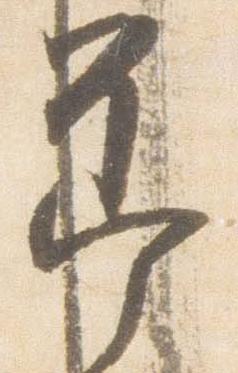
節